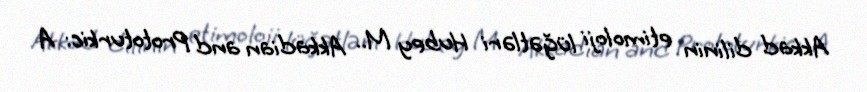
Akkad dilinin etimoloji lüğətləri Hubey M.. Akkadian and Prototurkic: A